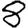
Digit: 8